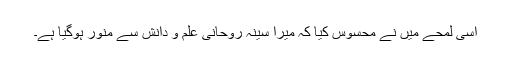
اسی لمحے میں نے محسوس کیا کہ میرا سینہ روحانی علم و دانش سے منور ہوگیا ہے۔